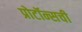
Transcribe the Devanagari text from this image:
प्रोटॉन्सची